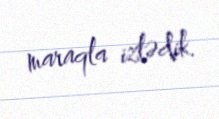
maraqla izlədik.